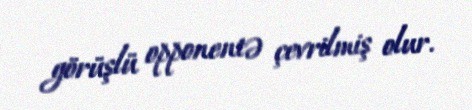
görüşlü opponentə çevrilmiş olur.